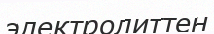
электролиттен